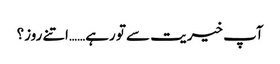
آپ خیریت سے تو رہے……اتنے روز؟